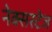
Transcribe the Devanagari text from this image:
नेक्सस्टेज